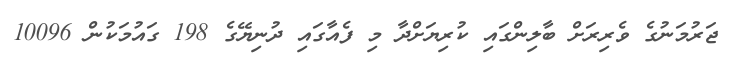
ޖަރުމަނުގެ ވެރިރަށް ބާލިންގައި ކުރިޔަށްދާ މި ފެއާގައި ދުނިޔޭގެ 198 ގައުމަކުން 10096